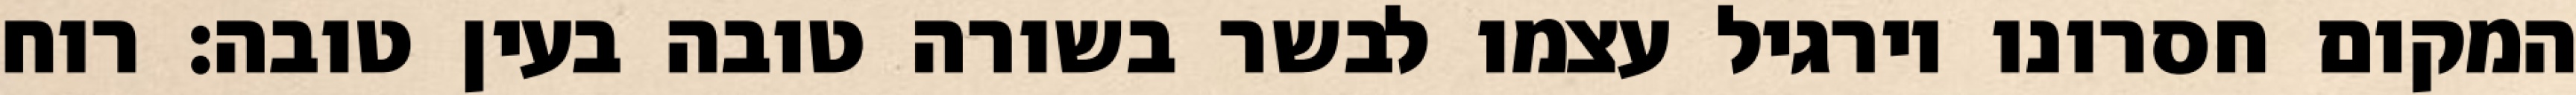
המקום חסרונו וירגיל עצמו לבשר בשורה טובה בעין טובה: רוח